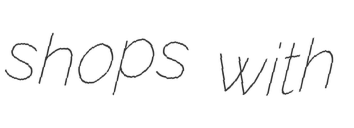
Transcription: shops with